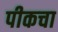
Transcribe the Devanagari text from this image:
पीकचा